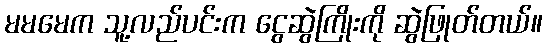
မမမေက သူ့လည်ပင်းက ငွေဆွဲကြိုးကို ဆွဲဖြုတ်တယ်။